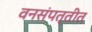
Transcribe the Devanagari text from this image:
वनसंपत्तीत